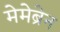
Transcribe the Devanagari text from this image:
मेमेब्रेन